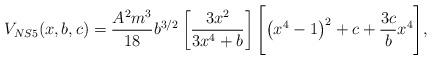
LaTeX: \begin{align*}V_{NS5}(x,b,c)=\frac{A^2 m^3}{18}b^{3/2}\left[\frac{3x^2}{3x^4+b}\right]\Biggl[\left(x^4 -1\right)^2+c+\frac{3c}{b}x^4 \Biggr],\end{align*}